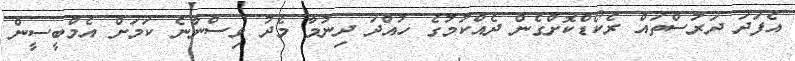
އެފަދަ ދަރުސްތައް ރެކޯޑްކޮށްގެން ދެއްކުމުގެ ހުއްދަ ދިނުމާ މެދު ވިސްނާނެ ކަމަށް އެމްބީސީން